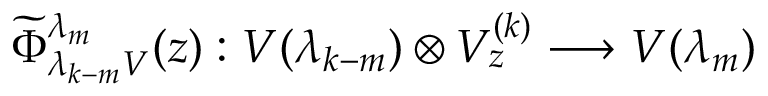
\widetilde \Phi _ { \lambda _ { k - m } V } ^ { \lambda _ { m } } ( z ) : V ( \lambda _ { k - m } ) \otimes V _ { z } ^ { ( k ) } \longrightarrow V ( \lambda _ { m } )